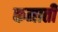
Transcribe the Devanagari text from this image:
कमातीं